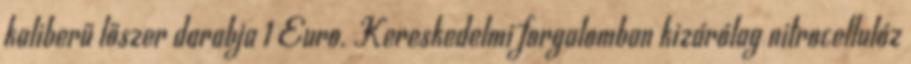
kaliberű lőszer darabja 1 Euro. Kereskedelmi forgalomban kizárólag nitrocellulóz